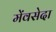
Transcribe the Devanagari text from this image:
मेंवसेदा